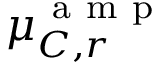
\mu _ { C , r } ^ { \mathrm { ~ a ~ m ~ p ~ } }